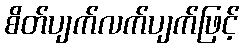
စိတ်ပျက်လက်ပျက်ဖြင့်